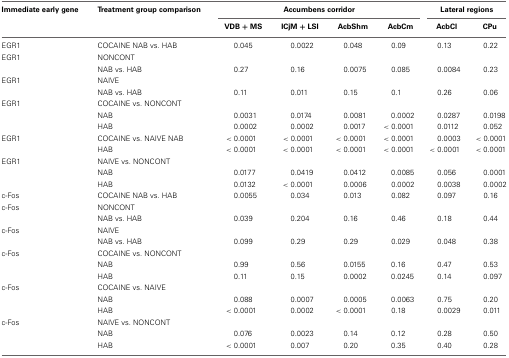
<table><thead><tr><td><b>Immediate early gene</b></td><td><b>Treatment group comparison</b></td><td colspan="4"><b>Accumbens corridor</b></td><td colspan="2"><b>Lateral regions</b></td></tr><tr><td></td><td></td><td><b>VDB + MS</b></td><td><b>ICjM + LSI</b></td><td><b>AcbShm</b></td><td><b>AcbCm</b></td><td><b>AcbCl</b></td><td><b>CPu</b></td></tr></thead><tbody><tr><td>EGR1</td><td>COCAINE NAB vs. HAB</td><td>0.045</td><td>0.0022</td><td>0.048</td><td>0.09</td><td>0.13</td><td>0.22</td></tr><tr><td>EGR1</td><td>NONCONT</td><td></td><td></td><td></td><td></td><td></td><td></td></tr><tr><td></td><td>NAB vs. HAB</td><td>0.27</td><td>0.16</td><td>0.0075</td><td>0.085</td><td>0.0084</td><td>0.23</td></tr><tr><td>EGR1</td><td>NAIVE</td><td></td><td></td><td></td><td></td><td></td><td></td></tr><tr><td></td><td>NAB vs. HAB</td><td>0.11</td><td>0.011</td><td>0.15</td><td>0.1</td><td>0.26</td><td>0.06</td></tr><tr><td>EGR1</td><td>COCAINE vs. NONCONT</td><td></td><td></td><td></td><td></td><td></td><td></td></tr><tr><td></td><td>NAB</td><td>0.0031</td><td>0.0174</td><td>0.0081</td><td>0.0002</td><td>0.0287</td><td>0.0198</td></tr><tr><td></td><td>HAB</td><td>0.0002</td><td>0.0002</td><td>0.0017</td><td>&lt;0.0001</td><td>0.0112</td><td>0.052</td></tr><tr><td>EGR1</td><td>COCAINE vs. NAIVE NAB</td><td>&lt;0.0001</td><td>&lt;0.0001</td><td>&lt;0.0001</td><td>&lt;0.0001</td><td>0.0003</td><td>&lt;0.0001</td></tr><tr><td></td><td>HAB</td><td>&lt;0.0001</td><td>&lt;0.0001</td><td>&lt;0.0001</td><td>&lt;0.0001</td><td>&lt;0.0001</td><td>&lt;0.0001</td></tr><tr><td>EGR1</td><td>NAIVE vs. NONCONT</td><td></td><td></td><td></td><td></td><td></td><td></td></tr><tr><td></td><td>NAB</td><td>0.0177</td><td>0.0419</td><td>0.0412</td><td>0.0085</td><td>0.056</td><td>0.0001</td></tr><tr><td></td><td>HAB</td><td>0.0132</td><td>&lt;0.0001</td><td>0.0006</td><td>0.0002</td><td>0.0038</td><td>0.0002</td></tr><tr><td>c-Fos</td><td>COCAINE NAB vs. HAB</td><td>0.0055</td><td>0.034</td><td>0.013</td><td>0.082</td><td>0.097</td><td>0.16</td></tr><tr><td>c-Fos</td><td>NONCONT</td><td></td><td></td><td></td><td></td><td></td><td></td></tr><tr><td></td><td>NAB vs. HAB</td><td>0.039</td><td>0.204</td><td>0.16</td><td>0.46</td><td>0.18</td><td>0.44</td></tr><tr><td>c-Fos</td><td>NAIVE</td><td></td><td></td><td></td><td></td><td></td><td></td></tr><tr><td></td><td>NAB vs. HAB</td><td>0.099</td><td>0.29</td><td>0.29</td><td>0.029</td><td>0.048</td><td>0.38</td></tr><tr><td>c-Fos</td><td>COCAINE vs. NONCONT</td><td></td><td></td><td></td><td></td><td></td><td></td></tr><tr><td></td><td>NAB</td><td>0.99</td><td>0.56</td><td>0.0155</td><td>0.16</td><td>0.47</td><td>0.53</td></tr><tr><td></td><td>HAB</td><td>0.11</td><td>0.15</td><td>0.0002</td><td>0.0245</td><td>0.14</td><td>0.097</td></tr><tr><td>c-Fos</td><td>COCAINE vs. NAIVE</td><td></td><td></td><td></td><td></td><td></td><td></td></tr><tr><td></td><td>NAB</td><td>0.088</td><td>0.0007</td><td>0.0005</td><td>0.0063</td><td>0.75</td><td>0.20</td></tr><tr><td></td><td>HAB</td><td>&lt;0.0001</td><td>0.0002</td><td>&lt;0.0001</td><td>0.18</td><td>0.0029</td><td>0.011</td></tr><tr><td>c-Fos</td><td>NAIVE vs. NONCONT</td><td></td><td></td><td></td><td></td><td></td><td></td></tr><tr><td></td><td>NAB</td><td>0.076</td><td>0.0023</td><td>0.14</td><td>0.12</td><td>0.28</td><td>0.50</td></tr><tr><td></td><td>HAB</td><td>&lt;0.0001</td><td>0.007</td><td>0.20</td><td>0.35</td><td>0.40</td><td>0.28</td></tr></tbody></table>